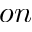
o n